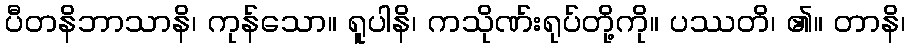
ပီတနိဘာသာနိ၊ ကုန်သော။ ရူပါနိ၊ ကသိုဏ်းရုပ်တို့ကို။ ပဿတိ၊ ၏။ တာနိ၊